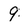
Character: 9